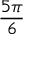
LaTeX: \frac { 5 \pi } { 6 }